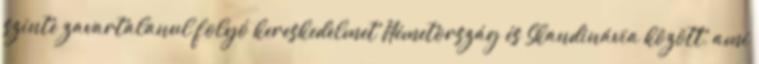
szinte zavartalanul folyó kereskedelmet Németország és Skandinávia között, ami